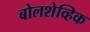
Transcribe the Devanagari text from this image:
बोलशेव्हिक